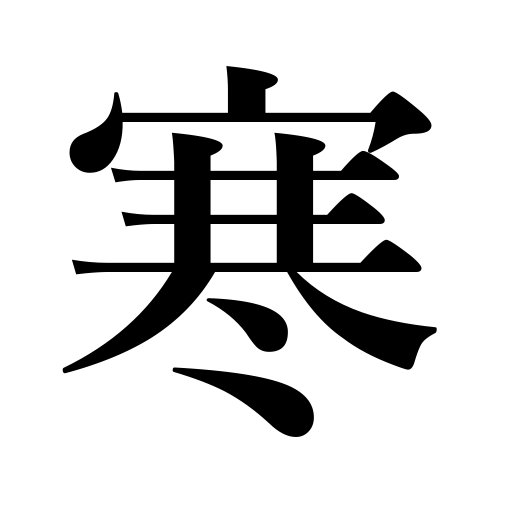
Meanings: midwinter,chilly,coldest season,cold